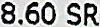
8.60 SR